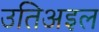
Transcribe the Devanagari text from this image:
उतिअइल